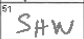
Transcription: SHW